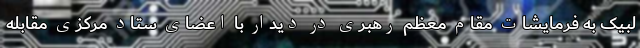
لبیک به فرمایشات مقام معظم رهبری در دیدار با اعضای ستاد مرکزی مقابله